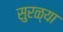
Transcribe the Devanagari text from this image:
सुरळ्या